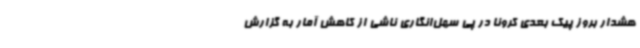
هشدار بروز پیک بعدی کرونا در پی سهل‌انگاری ناشی از کاهش آمار به گزارش